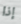
إذا